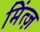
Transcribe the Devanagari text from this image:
मिंत्ज़